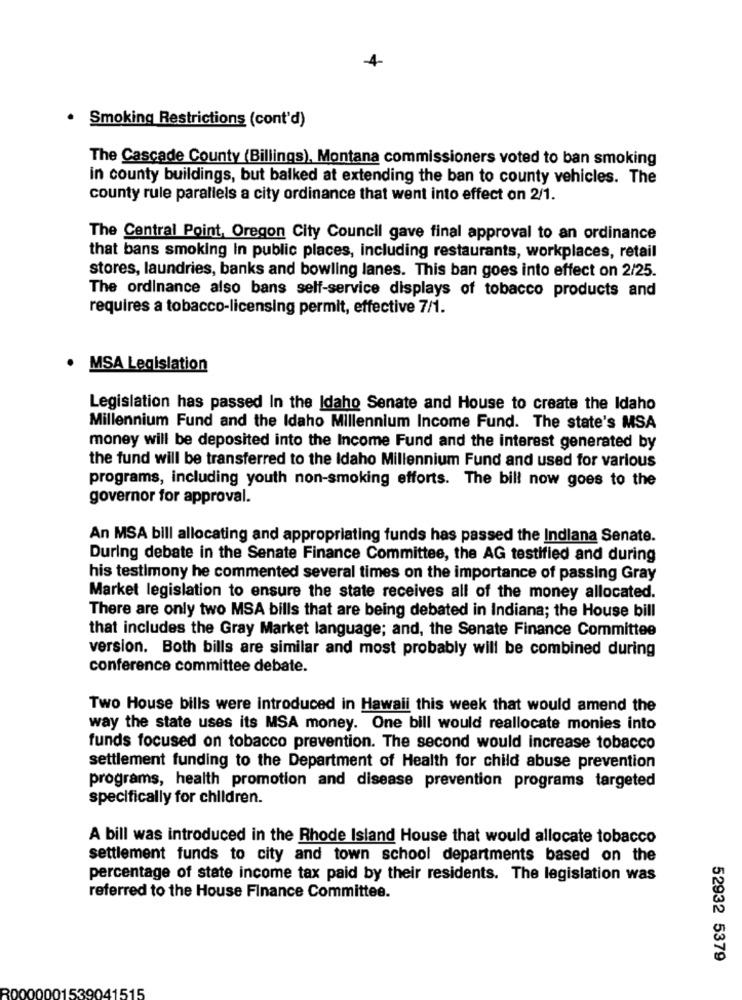
4
· Smoking Restrictions (cont'd)
The Cascade County (Billings), Montana commissioners voted to ban smoking
in county buildings, but balked at extending the ban to county vehicles. The
county rule parallels a city ordinance that went into effect on 2/1.
The Central Point, Oregon City Council gave final approval to an ordinance
that bans smoking In public places, including restaurants, workplaces, retail
stores, laundries, banks and bowling lanes. This ban goes into effect on 2/25.
The ordinance also bans self-service displays of tobacco products and
requires a tobacco-licensing permit, effective 7/1.
MSA Legislation
Legislation has passed In the Idaho Senate and House to create the Idaho
Millennium Fund and the Idaho Millennium Income Fund. The state's MSA
money will be deposited into the Income Fund and the interest generated by
the fund will be transferred to the Idaho Millennium Fund and used for various
programs, including youth non-smoking efforts. The bill now goes to the
governor for approval.
An MSA bill allocating and appropriating funds has passed the Indiana Senate.
During debate in the Senate Finance Committee, the AG testified and during
his testimony he commented several times on the importance of passing Gray
Market legislation to ensure the state receives all of the money allocated.
There are only two MSA bills that are being debated in Indiana; the House bill
that includes the Gray Market language; and, the Senate Finance Committee
version. Both bills are similar and most probably will be combined during
conference committee debate.
Two House bills were introduced in Hawaii this week that would amend the
way the state uses its MSA money. One bill would reallocate monies into
funds focused on tobacco prevention. The second would increase tobacco
settlement funding to the Department of Health for child abuse prevention
programs, health promotion and disease prevention programs targeted
specifically for children.
A bill was introduced in the Rhode Island House that would allocate tobacco
settlement funds to city and town school departments based on the
percentage of state income tax paid by their residents. The legislation was
referred to the House Finance Committee.
52932 5379